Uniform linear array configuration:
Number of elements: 16
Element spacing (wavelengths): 1
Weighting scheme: blackman
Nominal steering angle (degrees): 0
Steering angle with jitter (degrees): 0.8149
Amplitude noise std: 0.05
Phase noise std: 0.05

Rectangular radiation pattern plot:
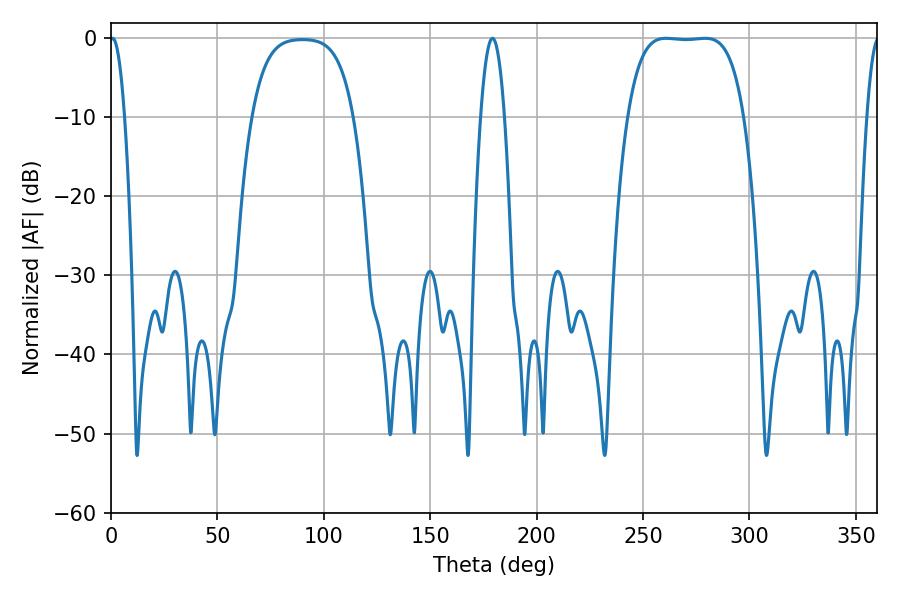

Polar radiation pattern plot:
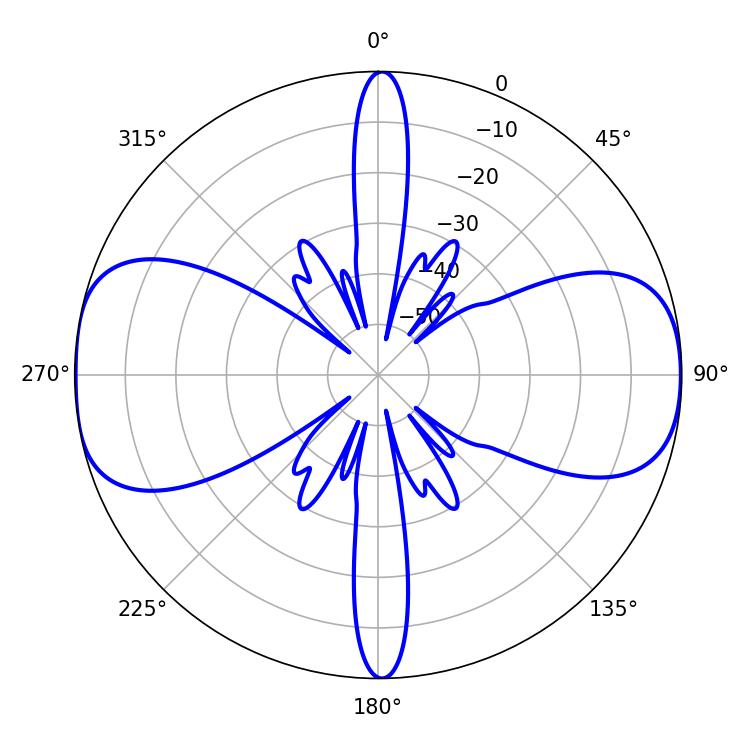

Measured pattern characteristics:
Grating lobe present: TRUE
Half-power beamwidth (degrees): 42.48
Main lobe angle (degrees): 260.82